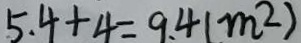
5 . 4 + 4 = 9 . 4 ( m ^ { 2 } )